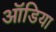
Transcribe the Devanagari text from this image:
ऑडिया